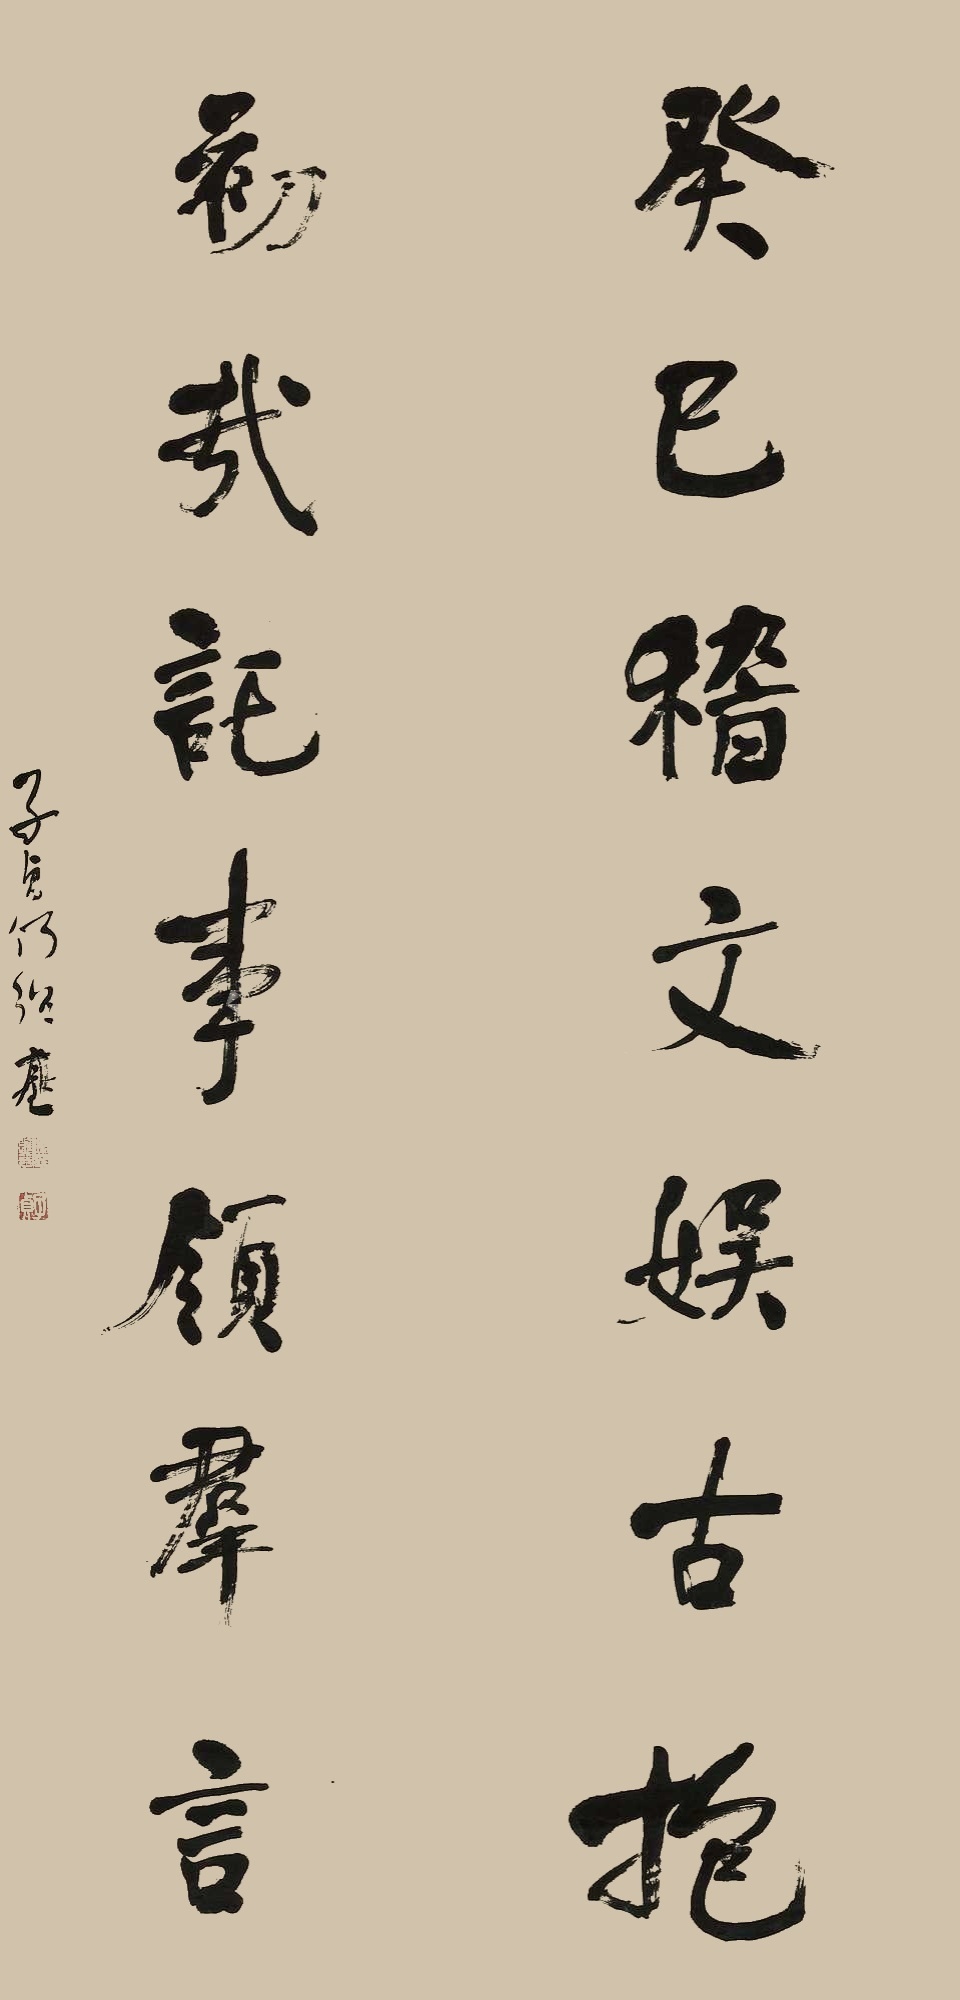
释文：癸巳稽文娱古抱，初哉讬事领群岩。子贞何绍基。